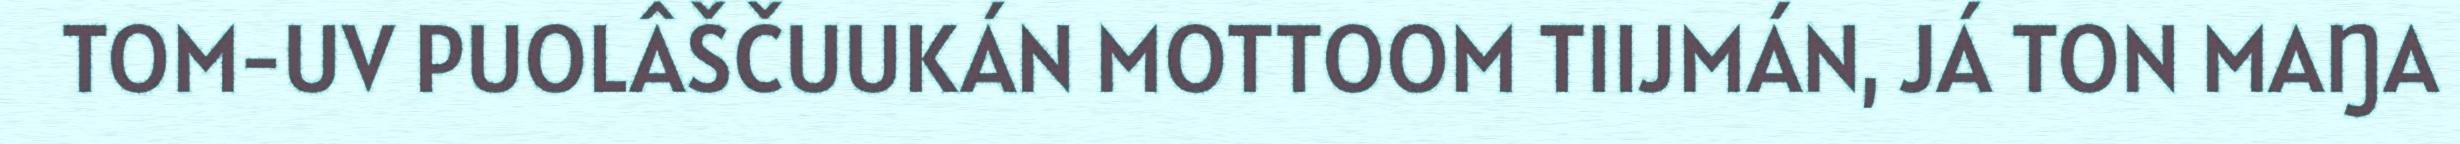
TOM-UV PUOLÂŠČUUKÁN MOTTOOM TIIJMÁN, JÁ TON MAŊA